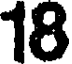
18